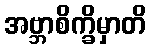
အဗ္ဘာစိက္ခိမှာတိ